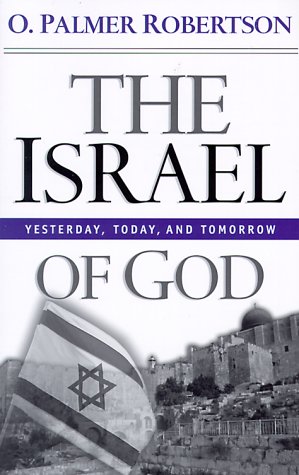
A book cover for The Israel of God: Yesterday, Today, and Tomorrow; O. Palmer Robertson; Christian Books & Bibles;